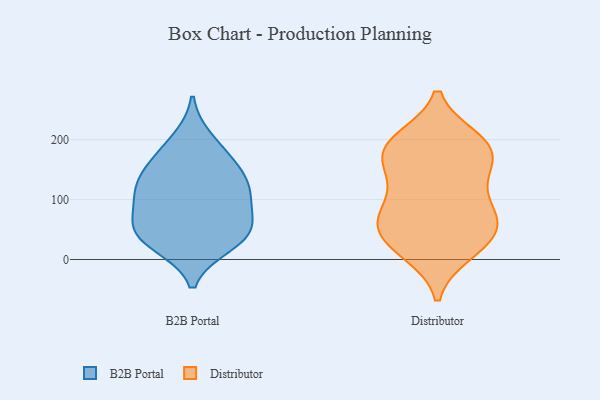
{"axis": {"x": "Humidity (%)", "y": "Value"}, "legend": ["B2B Portal", "Distributor"], "data": [{"x": "", "y": 77, "type": "B2B Portal"}, {"x": "", "y": 49, "type": "B2B Portal"}, {"x": "", "y": 25, "type": "B2B Portal"}, {"x": "", "y": 56, "type": "B2B Portal"}, {"x": "", "y": 116, "type": "B2B Portal"}, {"x": "", "y": 167, "type": "B2B Portal"}, {"x": "", "y": 131, "type": "B2B Portal"}, {"x": "", "y": 200, "type": "B2B Portal"}, {"x": "", "y": 108, "type": "B2B Portal"}, {"x": "", "y": 160, "type": "B2B Portal"}, {"x": "", "y": 116, "type": "B2B Portal"}, {"x": "", "y": 30, "type": "B2B Portal"}, {"x": "", "y": 45, "type": "B2B Portal"}, {"x": "", "y": 69, "type": "Distributor"}, {"x": "", "y": 148, "type": "Distributor"}, {"x": "", "y": 26, "type": "Distributor"}, {"x": "", "y": 113, "type": "Distributor"}, {"x": "", "y": 47, "type": "Distributor"}, {"x": "", "y": 169, "type": "Distributor"}, {"x": "", "y": 16, "type": "Distributor"}, {"x": "", "y": 191, "type": "Distributor"}, {"x": "", "y": 200, "type": "Distributor"}, {"x": "", "y": 85, "type": "Distributor"}, {"x": "", "y": 181, "type": "Distributor"}, {"x": "", "y": 60, "type": "Distributor"}, {"x": "", "y": 73, "type": "Distributor"}, {"x": "", "y": 200, "type": "Distributor"}, {"x": "", "y": 182, "type": "Distributor"}, {"x": "", "y": 53, "type": "Distributor"}, {"x": "", "y": 137, "type": "Distributor"}, {"x": "", "y": 12, "type": "Distributor"}]}